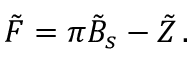
\tilde { F } = \pi \tilde { B } _ { s } - \tilde { Z } \, .